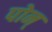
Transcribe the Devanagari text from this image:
पोन्